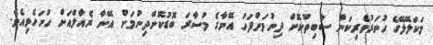
މަކަލޭލޭގެ ހުނަރުވެރިކަން ސާބިތުކޮށް ދިނުމަށްފަހު އޭނާގެ މުސާރަ ބޮޑުކޮށްދިނުމަށް އޭނާ ރެއާލްއަށް ހުށަހެޅިއެވެ.